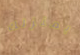
بمنزلك